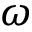
\omega